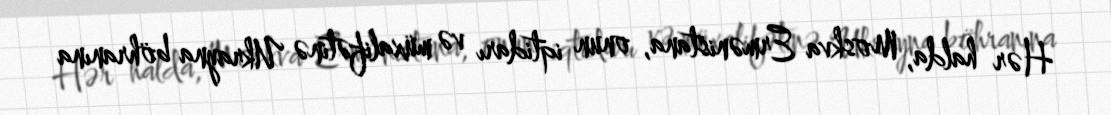
Hər halda, Moskva Ermənistana, onun iqtidarı və müxalifətinə Ukrayna böhranına